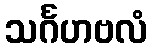
သင်္ဂဟဗလံ